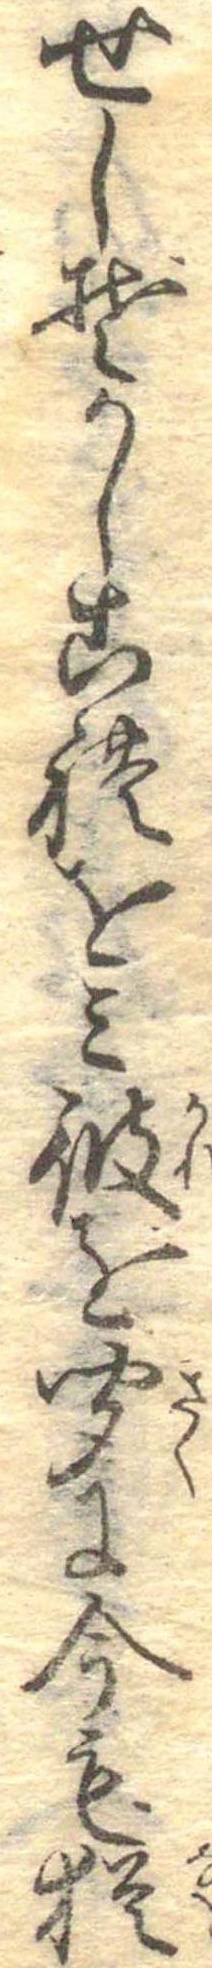
せしそかしこれをみ彼を聞に今も猶